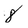
Character: 8